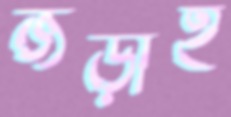
জড়াই